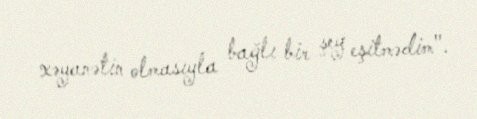
xəyanətin olmasıyla bağlı bir şey eşitmədim".